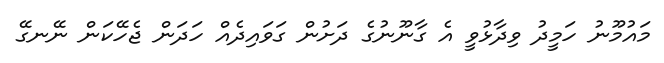
މައުމޫނު ހަމީދު ވިދާޅުވީ އެ ގާނޫނުގެ ދަށުން ގަވައިދެއް ހަދަން ޖެހޭކަން ނޭނގޭ